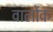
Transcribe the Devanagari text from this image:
वार्लोक